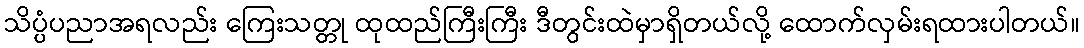
သိပ္ပံပညာအရလည်း ကြေးသတ္တု ထုထည်ကြီးကြီး ဒီတွင်းထဲမှာရှိတယ်လို့ ထောက်လှမ်းရထားပါတယ်။